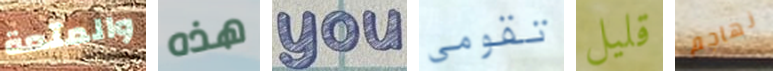
والمتعة هذه you تقومي قليل نهاجم